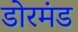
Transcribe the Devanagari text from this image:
डोरमंड